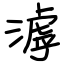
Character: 滹